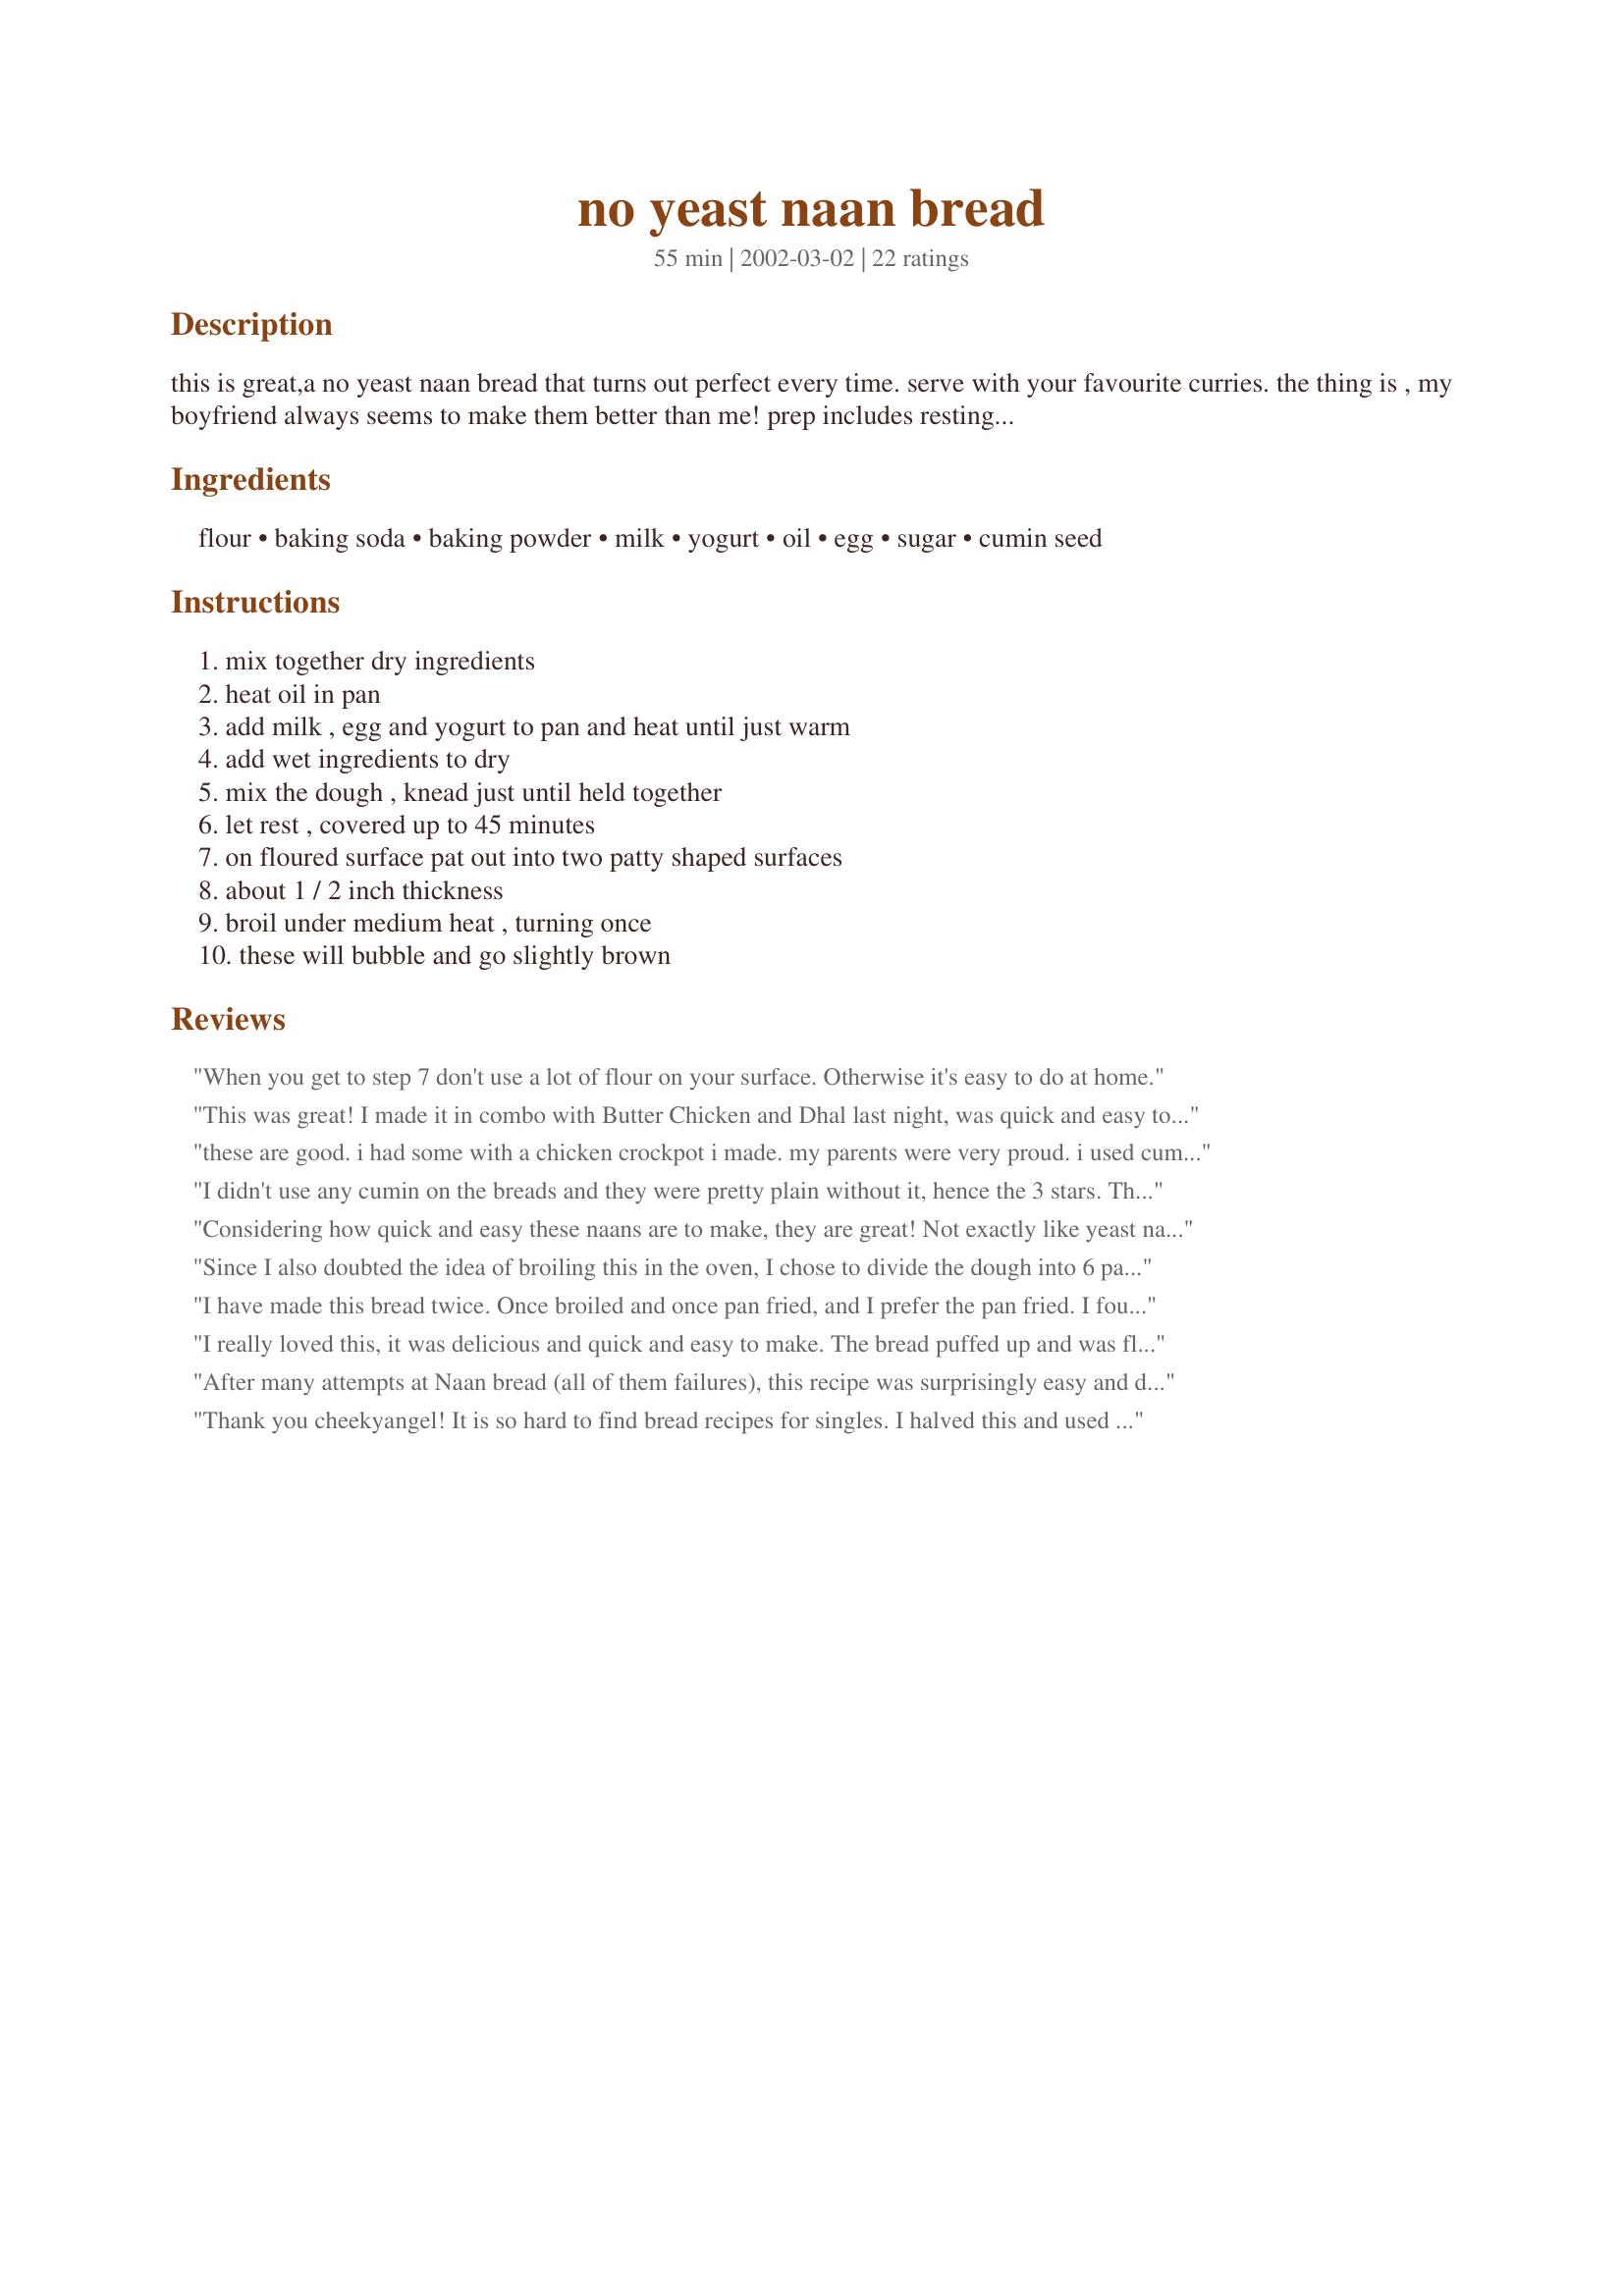
no yeast naan bread
Preparation time: 55 minutes

this is great,a no yeast naan bread that turns out perfect every time. serve with your favourite curries. the thing is , my boyfriend always seems to make them better than me! prep includes resting time

Ingredients:
flour, baking soda, baking powder, milk, yogurt, oil, egg, sugar, cumin seed

Steps:
mix together dry ingredients, heat oil in pan, add milk , egg and yogurt to pan and heat until just warm, add wet ingredients to dry, mix the dough , knead just until held together, let rest , covered up to 45 minutes, on floured surface pat out into two patty shaped surfaces, about 1 / 2 inch thickness, broil under medium heat , turning once, these will bubble and go slightly brown

Reviews:
When you get to step 7 don't use a lot of flour on your surface. Otherwise it's easy to do at home.
This was great! I made it in combo with Butter Chicken and Dhal last night, was quick and easy to make. I added more cumin and buttered it as mentioned in the reviews. I made mine way too thick but it is delicious. I'll upgrade to 5 stars if it's this good thinner!
these are good. i had some with a chicken crockpot i made. my parents were very proud. i used cumin powder instead, it helps to get through all the dough and bring out some flavour. It goes nice with garlic butter on top :)
I didn't use any cumin on the breads and they were pretty plain without it, hence the 3 stars. They were definitely easy to make and baked up nicely under the broiler. If I make these again, I'll definitely use some spices.
Considering how quick and easy these naans are to make, they are great! Not exactly like yeast naans, but they fill the bill when you decide you want naan one hour before supper... We liked the taste of the cumin seeds a lot, but we will definitely add some salt to the dough next time. We cut the dough in four pieces, stretched each of them into a 5" by 10" oval (approx, baked them at 425F on a preheated baking stone (rather than broiling them) until golden spots appear on top, then brushed them with melted butter (out of ghee:( )and sprinkled some salt over the breads. Thank you, Cheekyangel!
Since I also doubted the idea of broiling this in the oven, I chose to divide the dough into 6 parts, roll it thin like a tortilla, and cook on a lightly oiled pan (wok worked great). After it began to form raised bubbles and was lightly browned on one side, I flipped it. I added 1/2 tsp. of salt. The dough will rise some, and the result a bread-like texture (not a tortilla or biscuit one). Cooked in this way it turned out great.
I have made this bread twice. Once broiled and once pan fried, and I prefer the pan fried. I found it's best to roll a handful of dough in your hand, and then flatten it thinner than the 1/2 inch thickness stated in the recipe so it will cook all the way through without burning too much. You get about 5 small breads this way. This bread is very easy to make, but it's not like the puffy naan bread you get in an Indian restaurant. It's much heavier/denser. Nice to nosh on. Definitely needs the cumin seeds, and a bit of salt to keep it from being bland.
I really loved this, it was delicious and quick and easy to make. The bread puffed up and was fluffy and very tasty.
After many attempts at Naan bread (all of them failures), this recipe was surprisingly easy and delicious (even after a few mishaps along the way)! You really have to watch it in the broiler, our first batch turned out really burnt. It is MUCH better with salt!
Thank you cheekyangel! It is so hard to find bread recipes for singles. I halved this and used egg substitute,nonfat milk and sprayed them with nonfat cooking spray just before baking. I was so delighted with how well they baked up! Ended up with 2 good sized very tasty loaves. :-)
This is a glorified giant biscuit...not naan at all
Made it tonight for dinner. I would suggest you brush the patty with oil/ butter before putting it in the oven to broil(grill). This way it turns out much more softer. I liked the taste of the cumin seeds in it:)
Not exactly like restaurant naan, but not bad either, and really easy to do. I agree that you have to spray them with oil or maybe butter them to keep them softer. I put some cheese on the inside of mine. I should have made them thinner, but the general idea was there.
Fantastic naan bread! Easy to make and really delicious!
This is a very non authentic attempt at naan bread. I have tried it twice now hoping it would turn out better... it did not. I would rather go pick up the frozen kind or the trader joes brand naan. Wouldnt waist my time if you are looking to make authentic naan.
Deliciously simple ... I didn't have yogurt or cumin seeds, so made buttermilk (1tsp white vinegar, 1c whole milk - very low pasterized milk) ... added a tsp of salt and a 1/2 tsp garlic powder. YUM!
This recipe is all the right things: quick, easy, tasty. I made some changes based on the feedback - added a little more cumin seed, added a little salt, quite by accident added a little more sugar, buttered one surface, oiled the other. I would add, though, that if you've never made this kind of bread before the directions were a little sketchy. When you bake them under the broiler the baking sheet should be oiled or the stone should be lightly floured; make sure not to over-knead (makes some breads too tough). But this recipe is a keeper.
Easy and straight forward. However, not authentic in texture (i didn't expect it to be)... a little on the bready side... I casually called it the "White Man's Nan" at my dinner party. I will make it again because it's so easy! Thanks! <3
Thanks for this excellent recipe. Really easy and really good. Even better if you add some salt (though obviously it's healthier without).
excellent, excellent, excellent!!! i read your recipe as I was surfing recipezaar and it looked so easy and simple i decided to throw it together for dinner last minute and it turned out great! The first naan i made was a bit off since I was trying to figure out how to work the dough but once i figured it out, it was easy. Its super quick both to make the dough and cook the naan in the oven. I would have never come up with this on my own. My husband was first really surprised to have home-made naan for dinner, then he couldn't stop raving about how great it was- he used to own a restaurant of his own and wanted to pass on the recipe to new management to improve their naan! Thank you so much for sharing this recipe, it's a keeper!
Nice and easy. They were a little thick, and I didn't have any cumin, so I am going to try again! Definately worth working with though.
After a failed attempt at Naan bread using yeast, I found this recipe and it was great! The bread wasn't too puffy or too crunchy and it was easy to make. I brushed the tops with a beaten egg before cooking (to make them golden brown) and brushed with butter when they came out of the oven. These were a hit with the Indian dish I served tonight. This recipe will be made many more times in our house!
